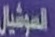
السوشيال